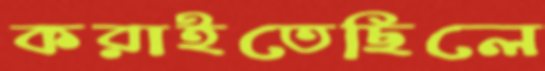
করাইতেছিলে